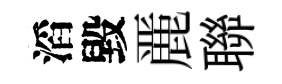
滔毀䴡聯